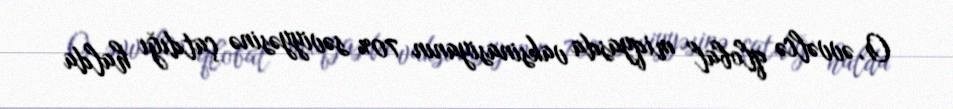
O, əvvəlcə qlobal miqyasda vaksinasiyanın 70% səviyyəsinə çatdığı halda